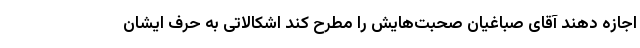
اجازه دهند آقای صباغیان صحبت‌هایش را مطرح کند اشکالاتی به حرف ایشان